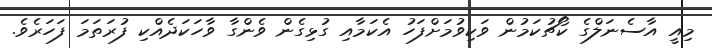
މިއީ އާސެނަލްގެ ކޯޗުކަމުން ވަކިވުމަށްފަހު އެކަމާއި ގުޅިގެން ވެންގާ ވާހަކަދެއްކި ފުރަތަމަ ފަހަރެވެ.